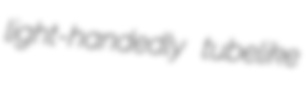
light-handedly tubelike